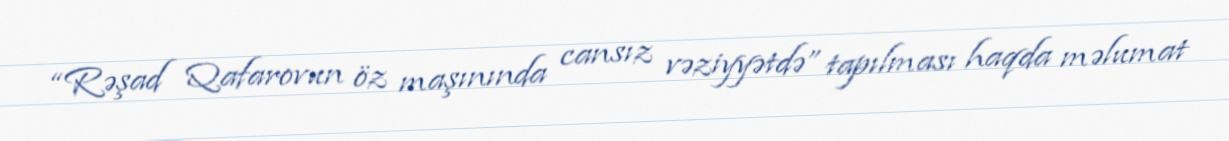
“Rəşad Qafarovun öz maşınında cansız vəziyyətdə” tapılması haqda məlumat